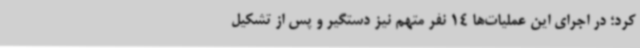
کرد؛ در اجرای این عملیات‌ها 14 نفر متهم نیز دستگیر و پس از تشکیل